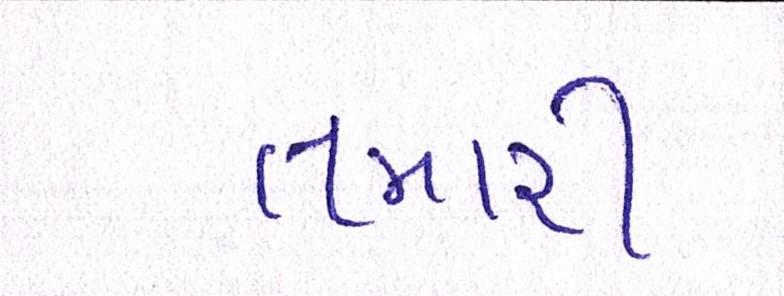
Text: તમારી